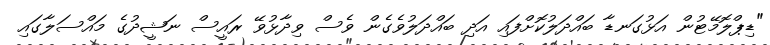
"ޑިޕްލޮމޭޓުން އަޅުގަނޑާ ބައްދަލުކޮށްފައި އަދި ބައްދަލުވެގެން ވެސް ވިދާޅުވޭ ރައީސް ނަޝީދުގެ މައްސަލާގައި